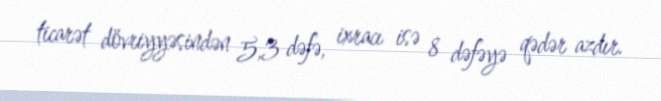
ticarət dövriyyəsindən 5,3 dəfə, ixracı isə 8 dəfəyə qədər azdır.